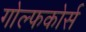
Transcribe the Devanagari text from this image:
गोल्फकोर्स